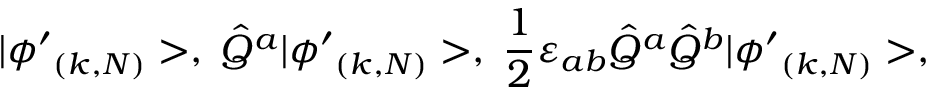
| { \phi ^ { \prime } } _ { ( k , N ) } > , \; \hat { Q } ^ { a } | { \phi ^ { \prime } } _ { ( k , N ) } > , \; \frac { 1 } { 2 } \varepsilon _ { a b } \hat { Q } ^ { a } \hat { Q } ^ { b } | { \phi ^ { \prime } } _ { ( k , N ) } > ,